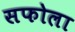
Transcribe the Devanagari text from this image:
सफोला